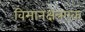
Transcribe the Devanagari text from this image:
विमानक्षेत्रएक